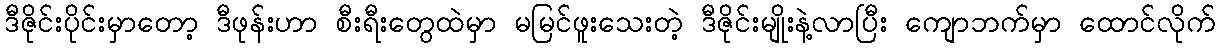
ဒီဇိုင်းပိုင်းမှာတော့ ဒီဖုန်းဟာ စီးရီးတွေထဲမှာ မမြင်ဖူးသေးတဲ့ ဒီဇိုင်းမျိုးနဲ့လာပြီး ကျောဘက်မှာ ထောင်လိုက်